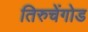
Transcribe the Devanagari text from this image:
तिरुचेंगोड